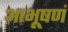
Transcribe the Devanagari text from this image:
आभूषणं